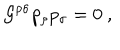
LaTeX: { \cal G } ^ { \rho \sigma } p _ { \rho } p _ { \sigma } = 0 \ ,